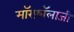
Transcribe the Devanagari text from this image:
मॉरफ़ॉलाजी